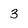
Character: 3